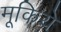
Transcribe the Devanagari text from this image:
मूकिये